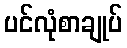
ပင်လုံစာချုပ်